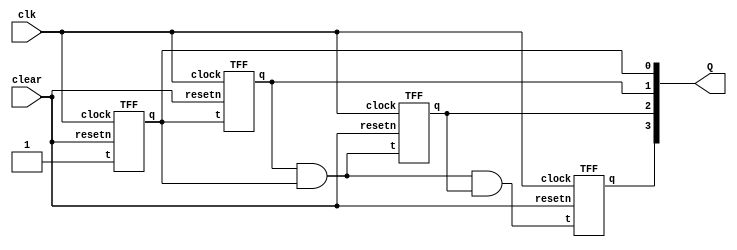
module sync4(clk,clear,Q);
	input clk,clear;
	output [3:0] Q;
	TFF s0(1'b1,clk,clear,Q[0]);
	TFF s1(Q[0],clk,clear,Q[1]);
	TFF s2(Q[1]&Q[0],clk,clear,Q[2]);
	TFF s3(Q[0]&Q[1]&Q[2],clk,clear,Q[3]);
endmodule

module TFF(t,clock,resetn,q);
	input t,resetn,clock;
	output reg q;
	always@(negedge clock)
	begin
		if(!resetn)
			q <= 0;
		else
		begin
			if(t)
				q <= ~q;
			else
				q <= q;
		end
	end
endmodule